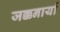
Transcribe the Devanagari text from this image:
जक्कनार्या